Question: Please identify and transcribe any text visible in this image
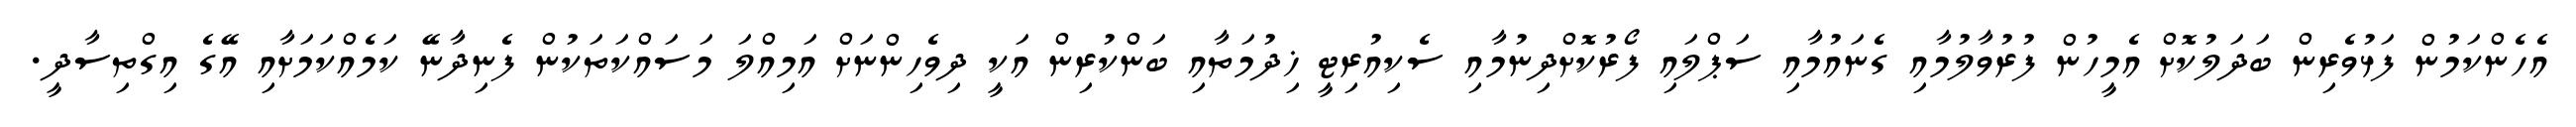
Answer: އެހެންކަމުން ފަޅުވެރިން ބަދަލުކޮށް އެމީހުން ފުރުވާލުމާއި ގެނައުމާއި ސަޕްލައި ފޯރުކޮށްދިނުމާއި ސެކިއުރިޓީ ޚިދުމަތާއި ބަންކުރިން އަކީ ދިވެހިންނަށް އަމިއްލަ މަސައްކަތަކުން ފެނިދާނޭ ކަމެއްކަމަށާއި އޭގެ އިގްތިސާދީ.